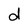
Character: d